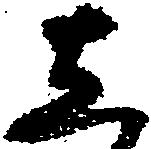
し